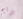
برايم